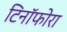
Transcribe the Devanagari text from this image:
टिनॉफोरा